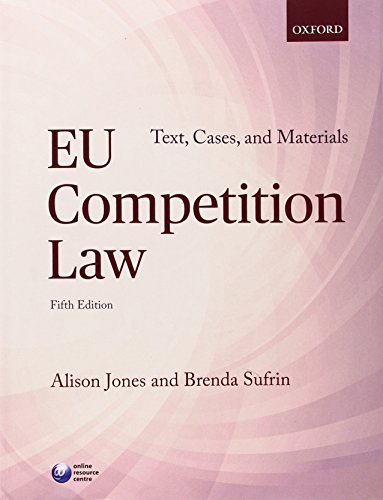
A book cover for EU COMPETITION LAW: TEXT, CASES & MATERIALS (Text, Cases and Materials); Alison Jones; Law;